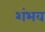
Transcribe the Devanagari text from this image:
शंभव